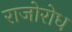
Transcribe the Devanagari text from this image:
राजोरोध